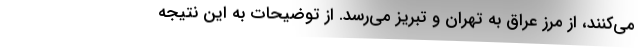
مي‌كنند، از مرز عراق به تهران و تبريز مي‌رسد. از توضيحات به اين نتيجه